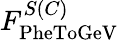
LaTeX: F_{\mathrm{PheToGeV}}^{S(C)}